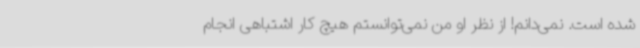
شده است. نمی‌دانم! از نظر او من نمی‌توانستم هیچ کار اشتباهی انجام